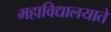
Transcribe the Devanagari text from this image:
महाविद्यालयाते